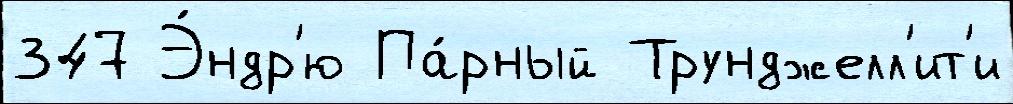
347 Э́ндр'ю Па́рный Трунджелл'ит'и